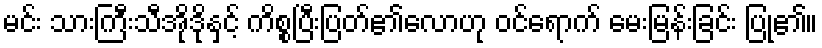
မင်း သားကြီးသီအိုဒိုနှင့် ကိစ္စပြီးပြတ်၏လောဟု ဝင်ရောက် မေးမြန်းခြင်း ပြု၏။